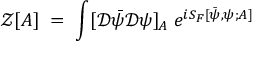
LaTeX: { \mathcal Z } [ A ] \; = \; \int [ { \mathcal D } { \bar { \psi } } { \mathcal D } \psi ] _ { A } \; e ^ { i S _ { F } [ { \bar { \psi } } , \psi ; A ] }